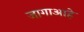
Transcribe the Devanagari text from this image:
जागाआहे